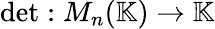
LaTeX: \operatorname*{det}:M_{n}(\mathbb{K})\rightarrow\mathbb{K}